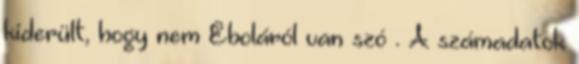
kiderült, hogy nem Eboláról van szó . A számadatok